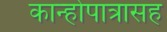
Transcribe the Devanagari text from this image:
कान्होपात्रासह